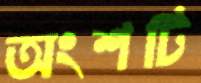
অংশটি